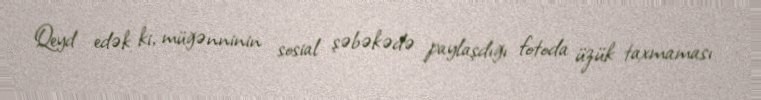
Qeyd edək ki, müğənninin sosial şəbəkədə paylaşdığı fotoda üzük taxmaması